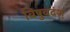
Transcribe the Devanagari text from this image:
विषुवदंश्